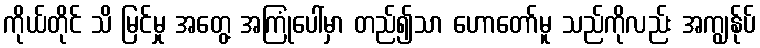
ကိုယ်တိုင် သိ မြင်မှု အတွေ့ အကြုံပေါ်မှာ တည်၍သာ ဟောတော်မူ သည်ကိုလည်း အကျွန်ုပ်